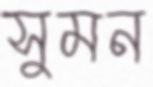
সুমন